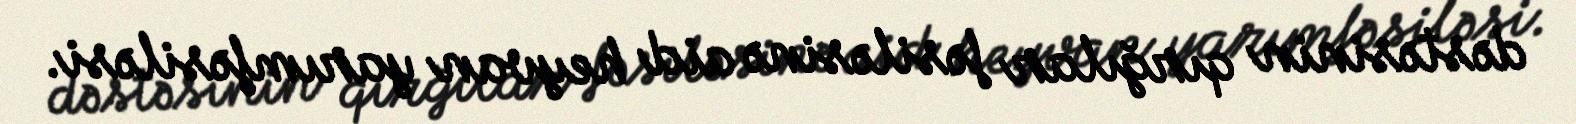
dəstəsinin qırğılar fəsiləsinə aid heyvan yarımfəsiləsi.